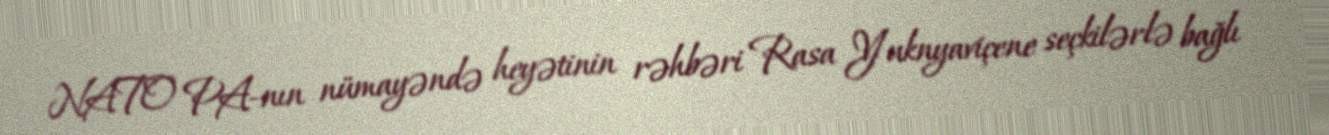
NATO PA-nın nümayəndə heyətinin rəhbəri Rasa Yuknyaviçene seçkilərlə bağlı